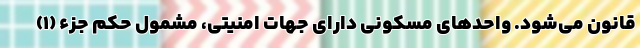
قانون می‌شود. واحدهای مسکونی دارای جهات امنیتی، مشمول حکم جزء (۱)